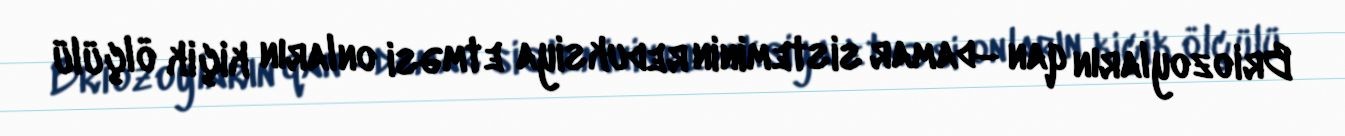
Briozoyların qan –damar sisteminin reduksiya etməsi onların kiçik ölçülü